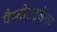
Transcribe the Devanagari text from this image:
पैस्चोराइजेशन